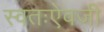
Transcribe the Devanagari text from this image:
स्वतःऐवजी